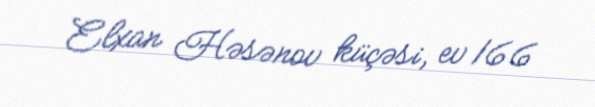
Elxan Həsənov küçəsi, ev 166